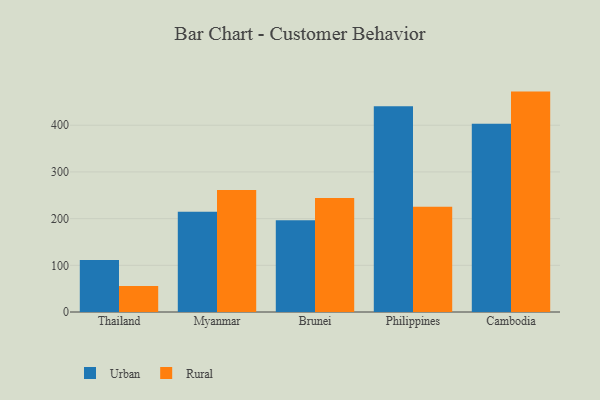
{"axis": {"x": "Country", "y": "Temperature (°C)"}, "legend": ["Rural", "Urban"], "data": [{"x": "Thailand", "y": 111.2, "type": "Urban"}, {"x": "Thailand", "y": 55.9, "type": "Rural"}, {"x": "Myanmar", "y": 214.7, "type": "Urban"}, {"x": "Myanmar", "y": 261.2, "type": "Rural"}, {"x": "Brunei", "y": 196.6, "type": "Urban"}, {"x": "Brunei", "y": 243.9, "type": "Rural"}, {"x": "Philippines", "y": 440.6, "type": "Urban"}, {"x": "Philippines", "y": 225.6, "type": "Rural"}, {"x": "Cambodia", "y": 403.1, "type": "Urban"}, {"x": "Cambodia", "y": 472.0, "type": "Rural"}]}